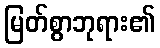
မြတ်စွာဘုရား၏